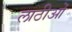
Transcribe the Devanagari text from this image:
लाठीओं